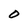
Character: O